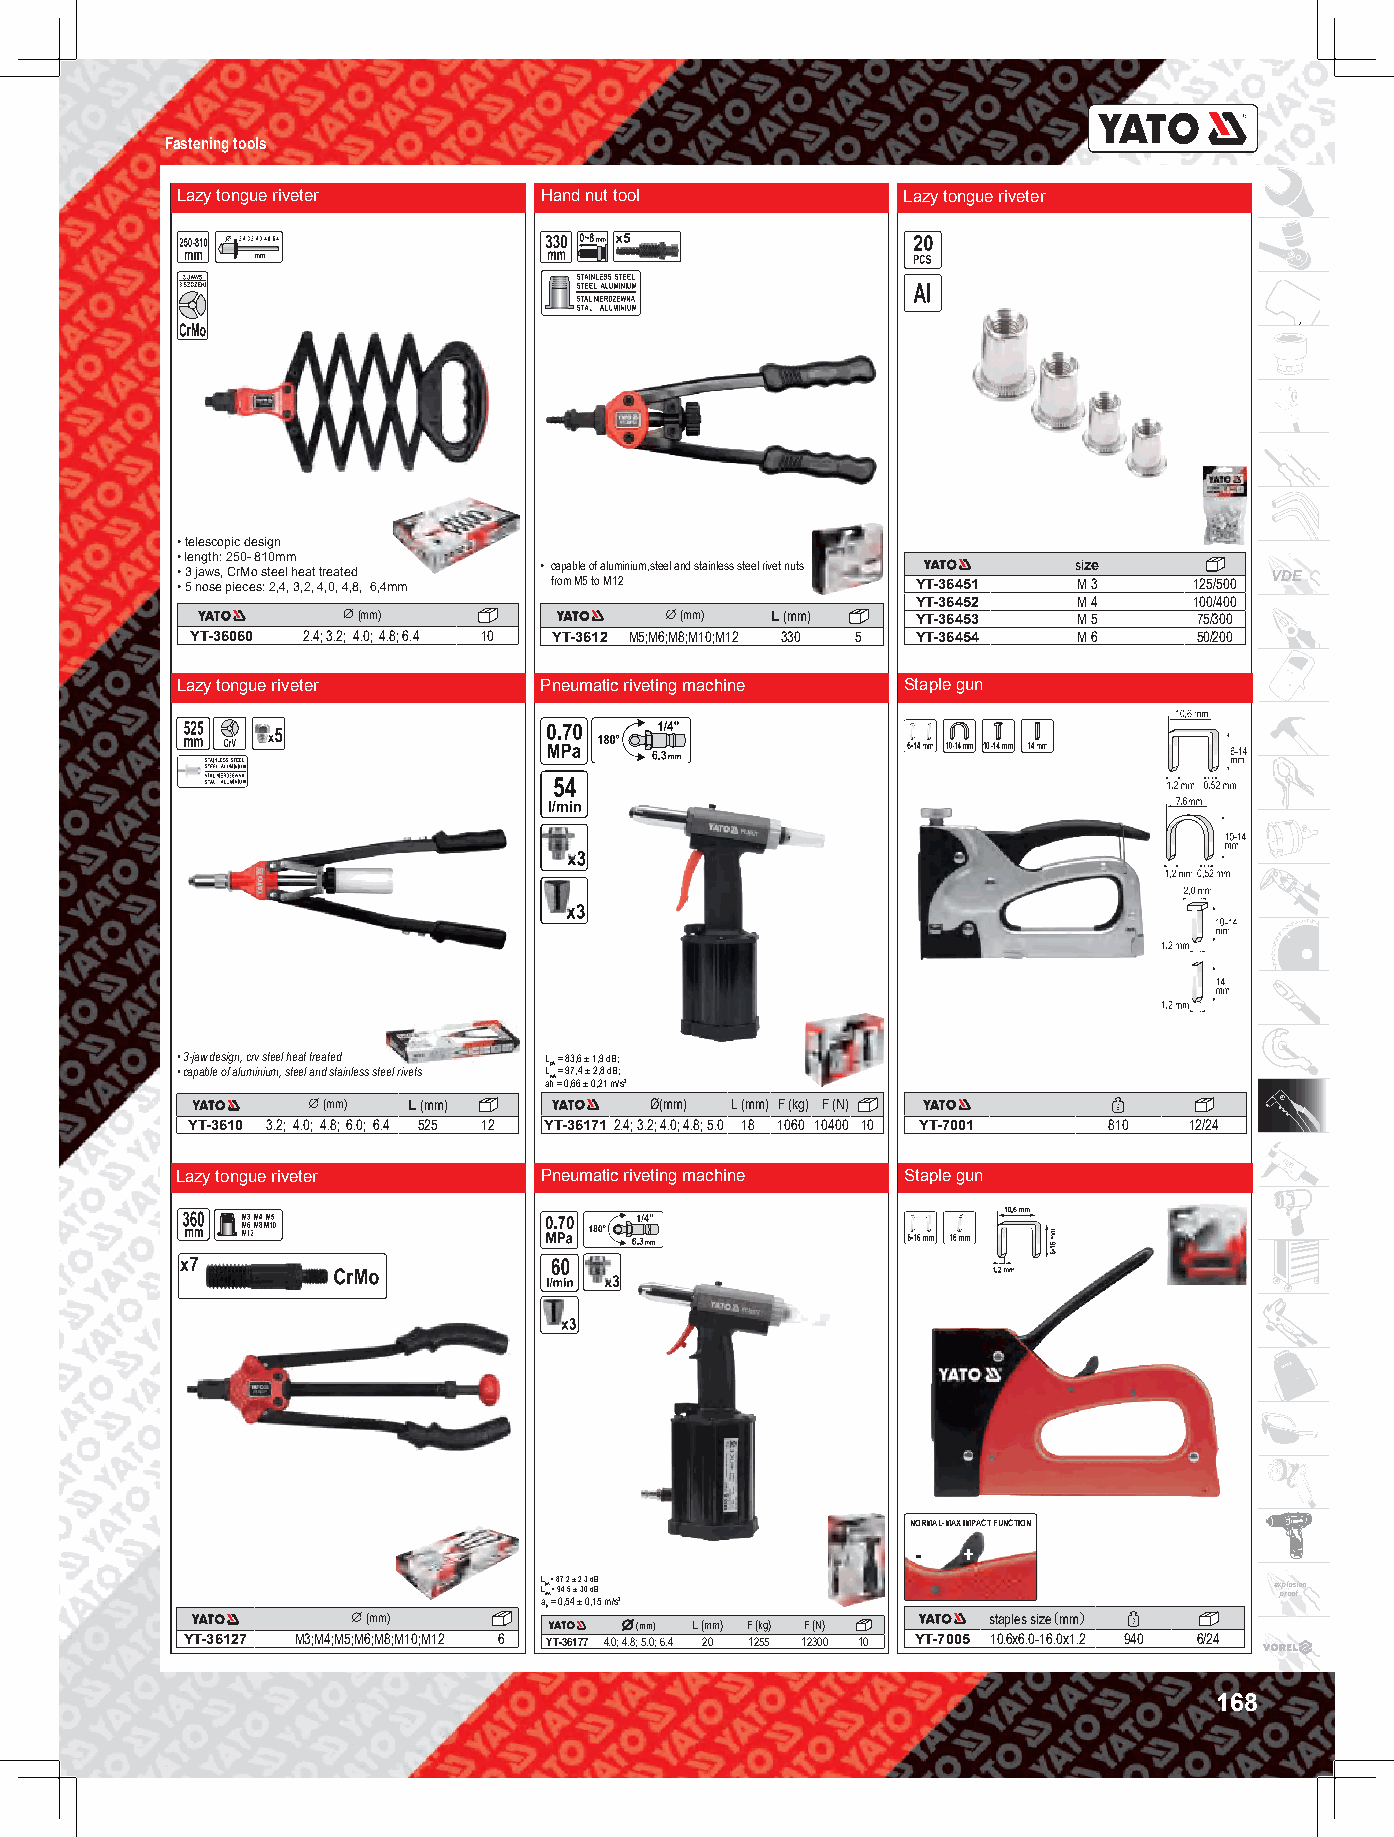
Fastening tools
 Lazy tongue riveter     Hand nut tool           Lazy tongue riveter
 • telescopic design
 • length: 250- 810mm
 • capable of aluminium,steel and stainless steel rivet nuts size
 • • 3 5 j na ow ss e, pC ierM ceo s s : t 2e ,e 4l , h 3e ,2a ,t 4tr ,e 0a , t 4e ,d 8, 6,4mm from M5 to M12 YT-36451 M 3 125/500 VDE
 YT-36452  M 4     100/400
 (mm)                 (mm)  L (mm)    YT-36453  M 5     75/300
 YT-36060 2.4; 3.2; 4.0; 4.8; 6.4 10 YT-3612 M5;M6;M8;M10;M12 330 5 YT-36454 M 6 50/200
 Lazy tongue riveter     Pneumatic riveting machine Staple gun
 10
 • 3-jaw design, crv steel heat treated L = 83,6 ± 1,9 dB;
 • capable of aluminium, steel and stainless steel rivets L ahp wA A == 09 ,7 6, 64 ±± 02 ,, 28 1 d mB /; s 2
 (mm)  L (mm)          Ø(mm) L (mm) F (kg) F (N)
 YT-3610 3.2; 4.0; 4.8; 6.0; 6.4 525 12 YT-36171 2.4; 3.2; 4.0; 4.8; 5.0 18 1060 10400 10 YT-7001 810 12/24
 Lazy tongue riveter     Pneumatic riveting machine Staple gun
 NORMAL-MAX IMPACT FUNCTION
 -  +
 L L ap wA A == = 8 9 07 4 ,, 5,2 5 4 ± ± ± 2 3, ,3 0 0 ,d d 1B B 5; ; m /s2 e x pp rl oo os fion
 h
 (mm)                                     staples siz（e mm）
 (mm) L (mm) F (kg) F (N)
 YT-36127 M3;M4;M5;M6;M8;M10;M12 6 YT-36177 4.0; 4.8; 5.0; 6.4 20 1255 12300 10 YT-7005 10.6x6.0-16.0x1.2 940 6/24
 168